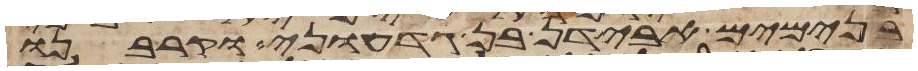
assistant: בנימים אבידן בן גדעוני וקרבנו